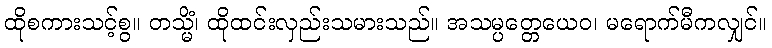
ထိုစကားသင့်စွ။ တသ္မိံ၊ ထိုထင်းလှည်းသမားသည်။ အသမ္ပတ္တေယေဝ၊ မရောက်မီကလျှင်။